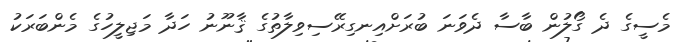
މެސީގެ ދެ ގޯލުން ބާސާ ދެވަނަ ބުރަށްއިނގިރޭސިވިލާތުގެ ޤާނޫނު ހަދާ މަޖިލީހުގެ މެންބަރަކު